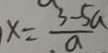
x = \frac { 3 - 5 a } { a }